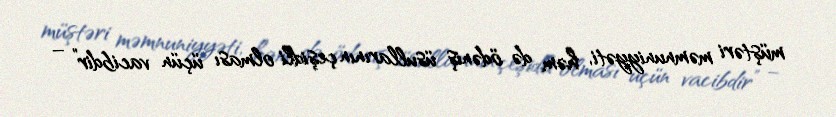
müştəri məmnuniyyəti, həm də ödəniş üsullarının çeşidli olması üçün vacibdir” –